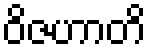
ဝိဇဟာတိ